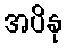
အပိနု